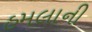
હમલાની